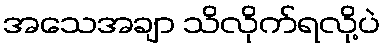
အသေအချာ သိလိုက်ရလို့ပဲ